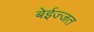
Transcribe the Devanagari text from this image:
बेईज्जत